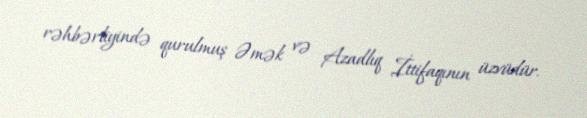
rəhbərliyində qurulmuş Əmək və Azadlıq İttifaqının üzvüdür.